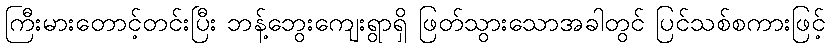
ကြီးမားတောင့်တင်းပြီး ဘန့်ဘွေးကျေးရွာရှိ ဖြတ်သွားသောအခါတွင် ပြင်သစ်စကားဖြင့်